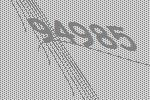
94985